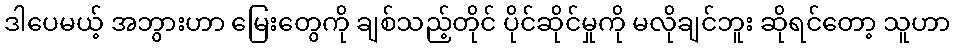
ဒါပေမယ့် အဘွားဟာ မြေးတွေကို ချစ်သည့်တိုင် ပိုင်ဆိုင်မှုကို မလိုချင်ဘူး ဆိုရင်တော့ သူဟာ